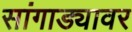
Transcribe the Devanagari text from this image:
सांगाड्यावर